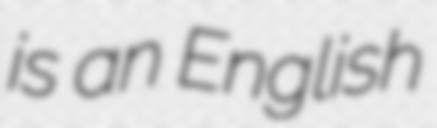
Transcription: is an English